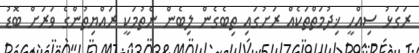
ރަގަޅު ސިއްހީ ޚިދުމަތްތަކެއް ރަށުގައި ތިބެގެން ލިބެން ނެތުމަކީ ރައްޔިތުންގެ ވަރަށް ބޮޑު